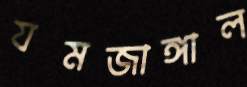
যমজাঙ্গাল